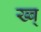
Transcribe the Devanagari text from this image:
ख्ब्